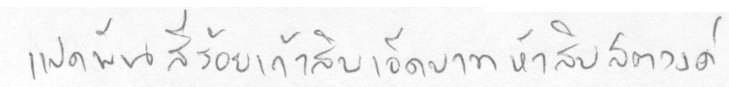
แปดพันสี่ร้อยเก้าสิบเอ็ดบาทห้าสิบสตางค์